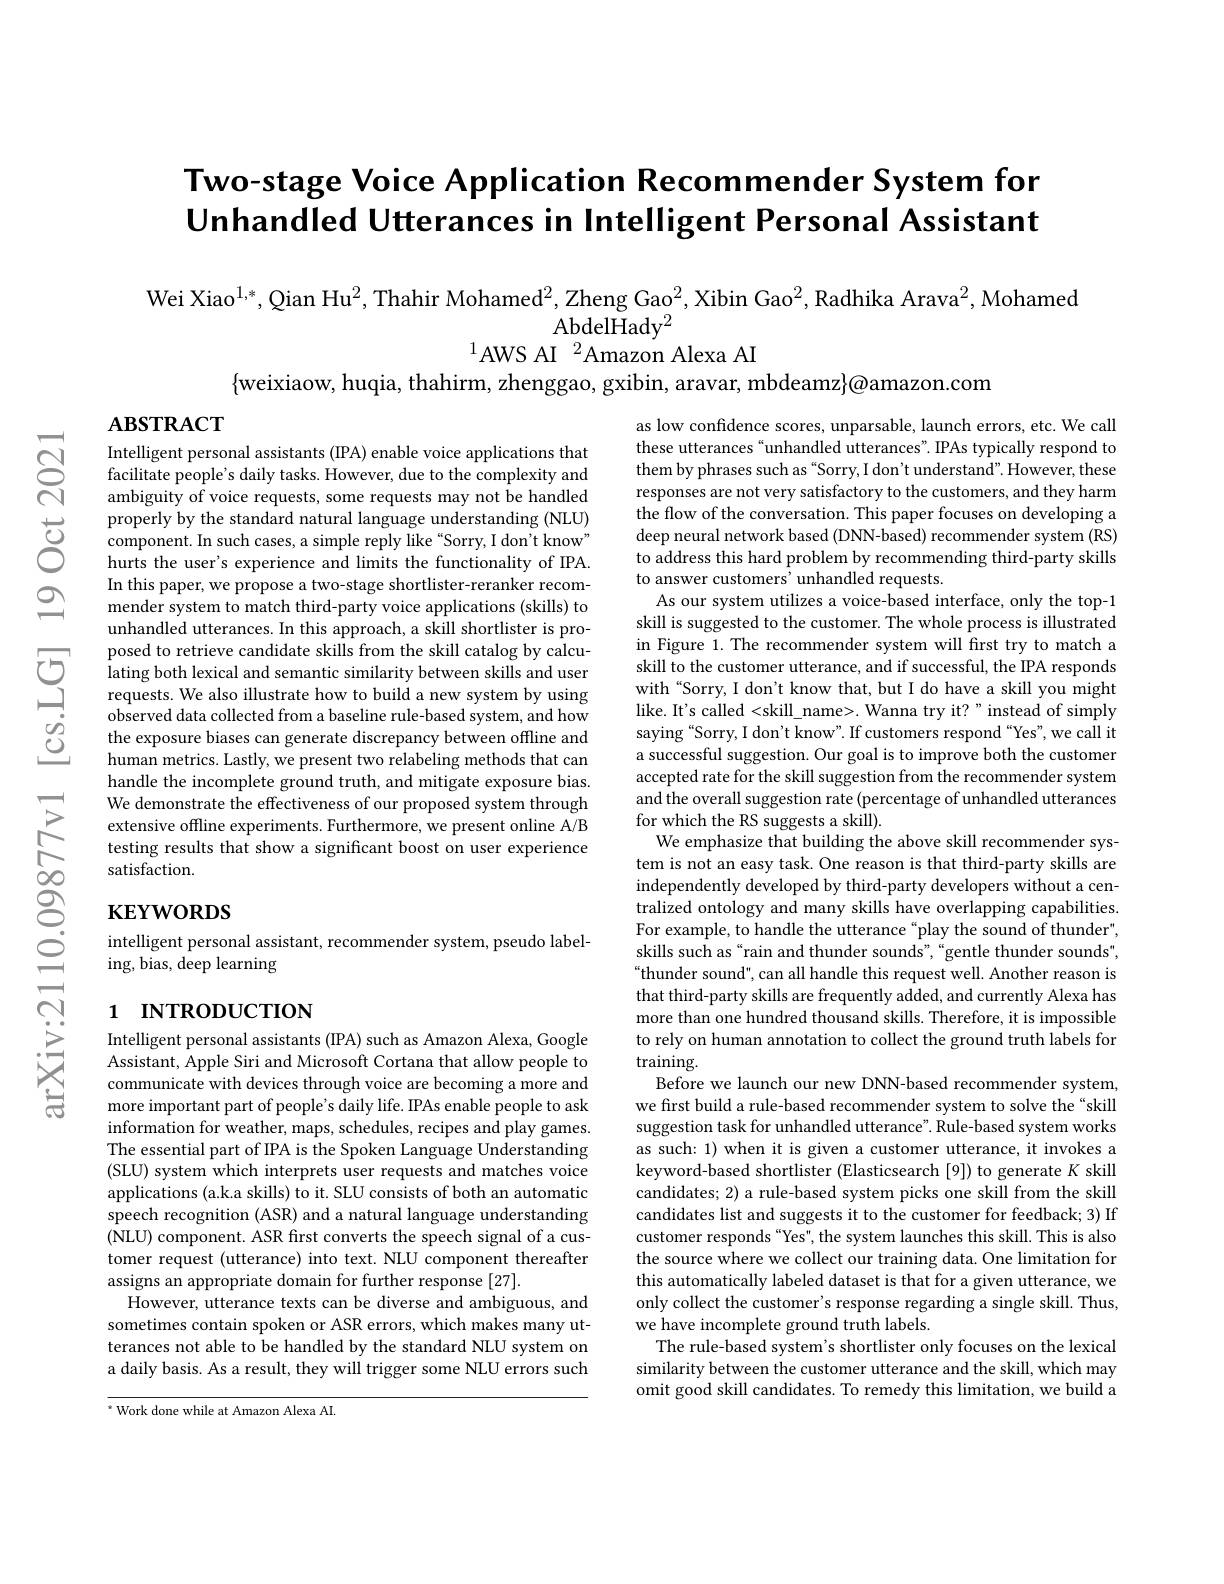
# Two-stage Voice Application Recommender System for Unhandled Utterances in Intelligent Personal Assistant

Wei Xiao$^1,*$, Qian Hu$^2$,Thahir Mohamed$^2$,Zheng Gao$^2$,Xibin Gao$^2$,Radhika Arava$^2$,Mohamed
AbdelHady$^{2}$
$^{1}$AWS AI$^2$Amazon Alexa AI

$\{$weixiaow, huqia, thahirm, zhenggao, gxibin, aravar, mbdeamz}@{amazon.com}

$\mathbf{ABSTRACT}$

Intelligent personal assistants (IPA) enable voice applications that facilitate people's daily tasks. However, due to the complexity and ambiguity of voice requests, some requests may not be handled properly by the standard natural language understanding (NLU) component. In such cases, a simple reply like “Sorry, I don't know" hurts the user's experience and limits the functionality of IPA. In this paper, we propose a two-stage shortlister-reranker recommender system to match third-party voice applications (skills) to unhandled utterances. In this approach, a skill shortlister is proposed to retrieve candidate skills from the skill catalog by calcu-
posed to retrieve candidate skills from the skill catalog by calcu- 它 lating both lexical and semantic similarity between skills and user requests. We also illustrate how to build a new system by using
observed data collected from a baseline rule-based system, and how the exposure biases can generate discrepancy between offline and human metrics. Lastly, we present two relabeling methods that can handle the incomplete ground truth, and mitigate exposure bias. We demonstrate the effectiveness of our proposed system through extensive offline experiments. Furthermore, we present online A/B testing results that show a significant boost on user experience satisfaction.

# $\mathbf{KEYWORDS}$

as low confidence scores, unparsable, launch errors, etc. We call these utterances“unhandled utterances”. IPAs typically respond to them by phrases such as“Sorry, I don't understand". However, these responses are not very satisfactory to the customers, and they harm the flow of the conversation. This paper focuses on developing a deep neural network based (DNN-based) recommender system (RS) to address this hard problem by recommending third-party skills to answer customers' unhandled requests
As our system utilizes a voice-based interface, only the top-1 skill is suggested to the customer. The whole process is illustrated in Figure 1. The recommender system will first try to match a skill to the customer utterance, and if successful, the IPA responds with“Sorry, I don't know that, but I do have a skill you might like. It's called <skill\_name>. Wanna try it?" instead of simply saying“Sorry, I don't know". If customers respond“Yes”, we call it a successful suggestion. Our goal is to improve both the customer accepted rate for the skill suggestion from the recommender system and the overall suggestion rate (percentage of unhandled utterances for which the RS suggests a skill).
We emphasize that building the above skill recommender system is not an easy task. One reason is that third-party skills are independently developed by third-party developers without a centralized ontology and many skills have overlapping capabilities. For example, to handle the utterance “play the sound of thunder", skills such as “rain and thunder sounds”,“gentle thunder sounds" “thunder sound", can all handle this request well. Another reason is that third-party skills are frequently added, and currently Alexa has more than one hundred thousand skills. Therefore, it is impossible to rely on human annotation to collect the ground truth labels for training.
Before we launch our new DNN-based recommender system, we first build a rule-based recommender system to solve the“skill suggestion task for unhandled utterance". Rule-based system works as such: 1) when it is given a customer utterance, it invokes a keyword-based shortlister (Elasticsearch [9]) to generate $K$ skill candidates; 2) a rule-based system picks one skill from the skill candidates list and suggests it to the customer for feedback; 3) If customer responds “Yes", the system launches this skill. This is also the source where we collect our training data. One limitation for this automatically labeled dataset is that for a given utterance, we only collect the customer's response regarding a single skill. Thus, we have incomplete ground truth labels
The rule-based system's shortlister only focuses on the lexical similarity between the customer utterance and the skill, which may omit good skill candidates. To remedy this limitation, we build a

intelligent personal assistant, recommender system, pseudo label-
ing, bias, deep learning

# 1 INTRODUCTION

Intelligent personal assistants (IPA) such as Amazon Alexa, Google Assistant, Apple Siri and Microsoft Cortana that allow people to communicate with devices through voice are becoming a more and more important part of people's daily life. IPAs enable people to ask information for weather, maps, schedules, recipes and play games. The essential part of IPA is the Spoken Language Understanding (SLU) system which interprets user requests and matches voice applications (a.k.a skills) to it. SLU consists of both an automatic speech recognition (ASR) and a natural language understanding (NLU) component. ASR first converts the speech signal of a customer request (utterance) into text. NLU component thereafter assigns an appropriate domain for further response [27].
However, utterance texts can be diverse and ambiguous, and sometimes contain spoken or ASR errors, which makes many utterances not able to be handled by the standard NLU system on a daily basis. As a result, they will trigger some NLU errors such

“ Work done while at Amazon Alexa AI.